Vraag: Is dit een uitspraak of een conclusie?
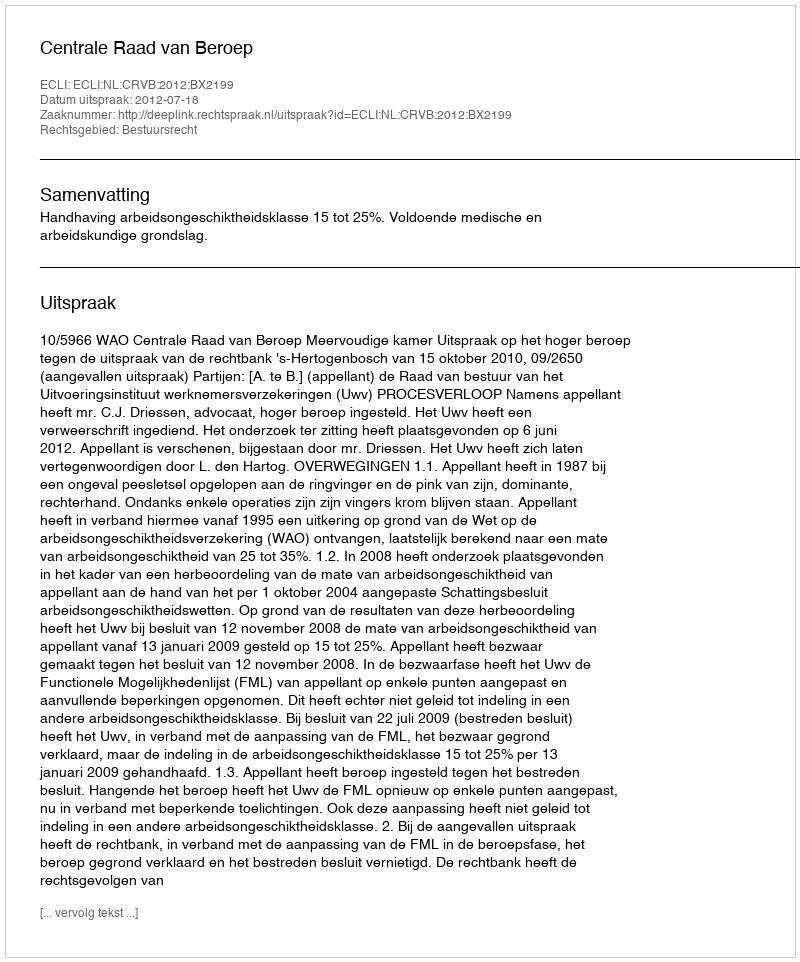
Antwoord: Uitspraak